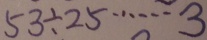
5 3 \div 2 5 \cdots 3